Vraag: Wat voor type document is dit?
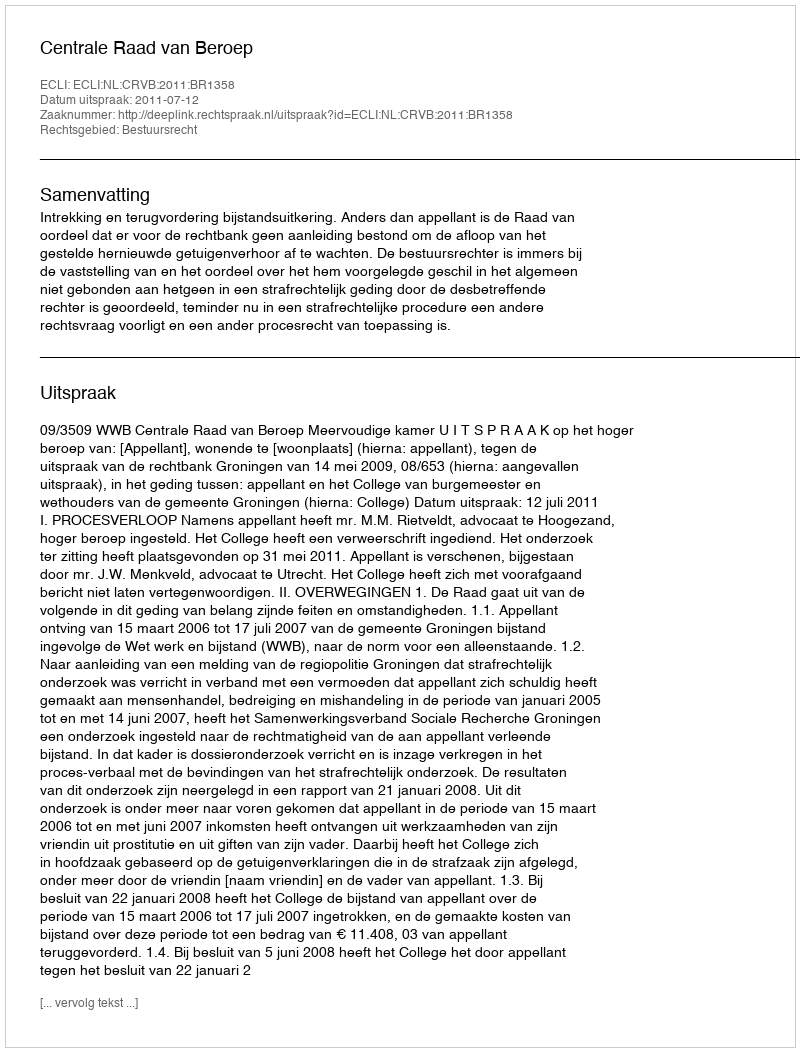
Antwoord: Uitspraak